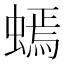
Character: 䗡